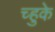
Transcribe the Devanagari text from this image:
च्हुके